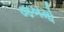
જખમો